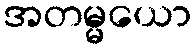
အတမ္မယော